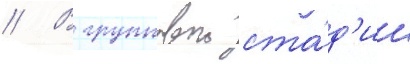
// В групповои ста́д'ии